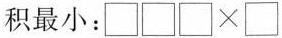
积最小：□□□\times □